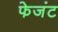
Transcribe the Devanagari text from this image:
फेजंट